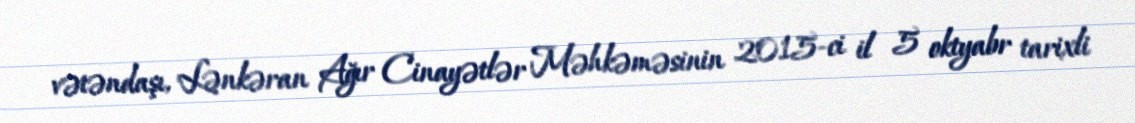
vətəndaşı, Lənkəran Ağır Cinayətlər Məhkəməsinin 2015-ci il 5 oktyabr tarixli